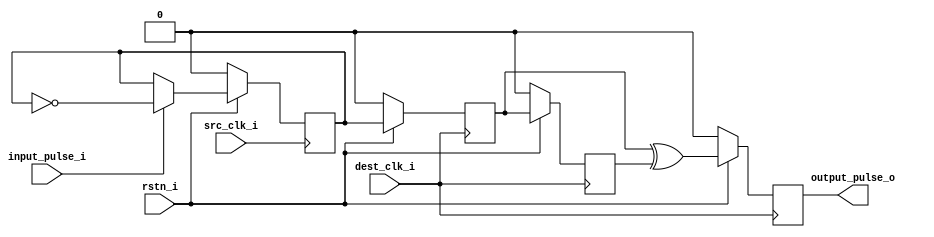
module scp
(
    input  src_clk_i,
    input  dest_clk_i,
    input  rstn_i,
    input  input_pulse_i,
    output reg output_pulse_o    
);
    reg source_sync_r;
    reg dest_sync_r, dest_sync_d_r;

    always @(posedge src_clk_i) begin
        if (input_pulse_i) begin
            source_sync_r <= ~source_sync_r;
        end
        
        if(~rstn_i) begin
            source_sync_r <= 1'b0;
        end
    end
    
    always @(negedge dest_clk_i) begin
        dest_sync_r <= source_sync_r;
        dest_sync_d_r <= dest_sync_r;
        output_pulse_o <= dest_sync_r ^ dest_sync_d_r;
        
        if(~rstn_i) begin
            dest_sync_r <= 1'b0;
            dest_sync_d_r <= 1'b0;
            output_pulse_o <= 1'b0;
        end
    end
endmodule